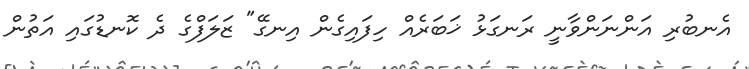
އެނބުރި އަންނަންވާނީ ރަނގަޅު ޚަބަރެއް ހިފައިގެން އިނގޭ" ޒަލަފްގެ ދެ ކޮނޑުގައި އަތުން